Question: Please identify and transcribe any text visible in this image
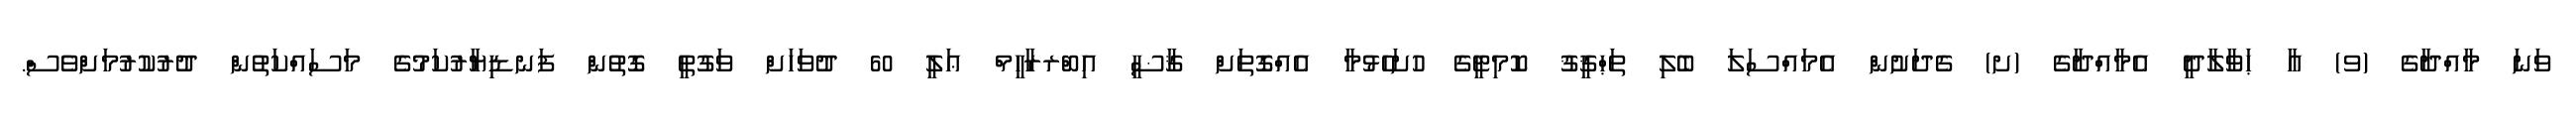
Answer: ވަނަ މާއްދާގެ (ވ) އާ ޙަވާލާދީ އެމާއްދާގެ (ށ) ގެދަށުން އެމައްސަލަ ބެލި ތަޙްޤީޤު ކޮމިޓީގެ ހުށަހެޅުމާ އެއްގޮތަށް ޤާޟީ އިބްރރާހީމް ޢަލީ 60 ދުވަހަށް ވަގުތީ ގޮތުން ފަނޑިޔާރުކަމުގެ މަސައްކަތުން ދުރުކުރުމަށްވެސް.